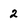
Character: 2